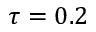
\tau = 0 . 2